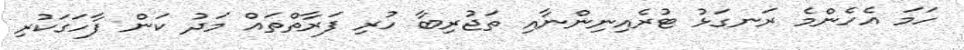
ހަމަ އެހެންމެ ރަނގަޅު ޓުރެއިނިންނާއި ތަޖުރިބާ ހުރި ފަރާތްތައް މަދު ކަން ފާހަގަކުރި